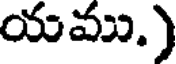
యము.)